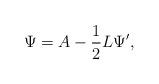
LaTeX: \begin{align*} \Psi = A - \frac12 L \Psi', \end{align*}